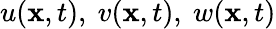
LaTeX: {u({\mathbf x},t),\ v({\mathbf x},t),\ w({\mathbf x},t)}